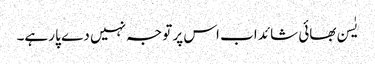
یٰسن بھائی شائد اب اس پر توجہ نہیں دے پا رہے۔